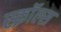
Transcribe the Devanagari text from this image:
स्क्रॉल्स